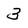
Character: 3